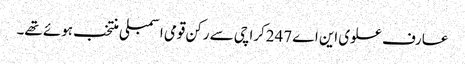
عارف علوی این اے 247کراچی سے رکن قومی اسمبلی منتخب ہوئے تھے۔